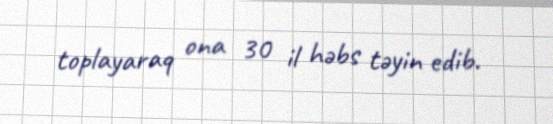
toplayaraq ona 30 il həbs təyin edib.